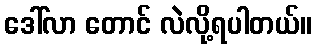
ဒေါ်လာ တောင် လဲလို့ရပါတယ်။